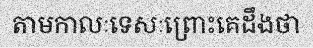
តាមកាលៈទេសៈព្រោះគេដឹងថា